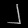
Digit: ၂